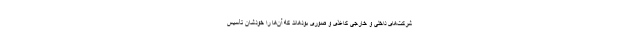
شرکت‌های داخلی و خارجی کاغذی و صوری بودهاند که آن‌ها را خودشان تأسیس